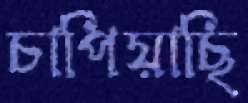
চাপিয়াছি